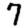
Digit: 7